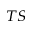
^ { T S }